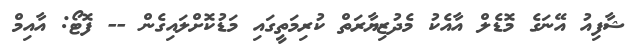
ޝާފިއު އޭނަގެ މޮޑެލް އާއެކު މެދުޒިޔާރަތް ކުރިމަތީގައި މަޑުކޮށްލައިގެން -- ފޮޓޯ: އާއިމް